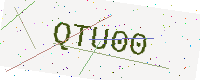
Text: QTU00